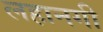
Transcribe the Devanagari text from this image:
लहानगी